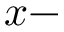
x -